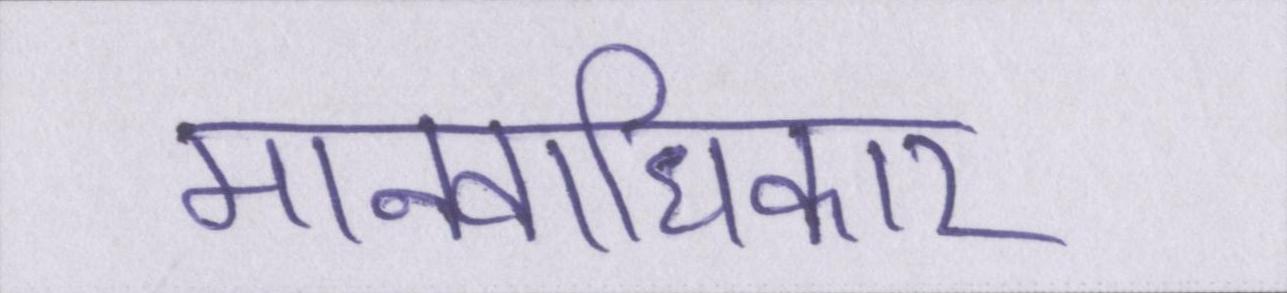
मानवाधिकार